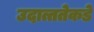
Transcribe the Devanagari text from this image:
उदात्ततेकडे